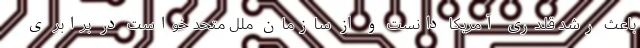
باعث رشد قلدری آمریکا دانست و از سازمان ملل متحد خواست در برابر ی